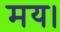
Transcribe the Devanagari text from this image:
मय।